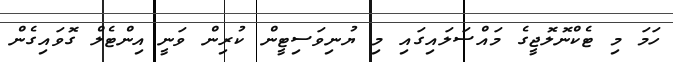
ހަމަ މި ޓެކްނޮލޮޖީގެ މައްސަލައިގައި މި ޔުނިވަސިޓީން ކުރިން ވަނީ އިންޓެލް ގޮވައިގެން